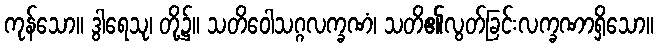
ကုန်သော။ ဒွါရေသု၊ တို့၌။ သတိဝေါသဂ္ဂလက္ခဏံ၊ သတိ၏လွတ်ခြင်းလက္ခဏာရှိသော။